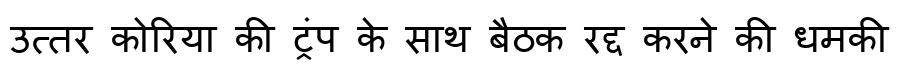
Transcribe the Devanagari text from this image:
उत्तर कोरिया की ट्रंप के साथ बैठक रद्द करने की धमकी